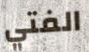
الفتي